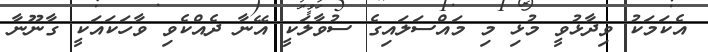
އެކަމަކު ވިދާޅުވީ މުޅި މި މައްސަލައިގެ ސުވާލަކީ އޭނާ ދެއްކެވި ވާހަކައަކީ ގާނޫނާ